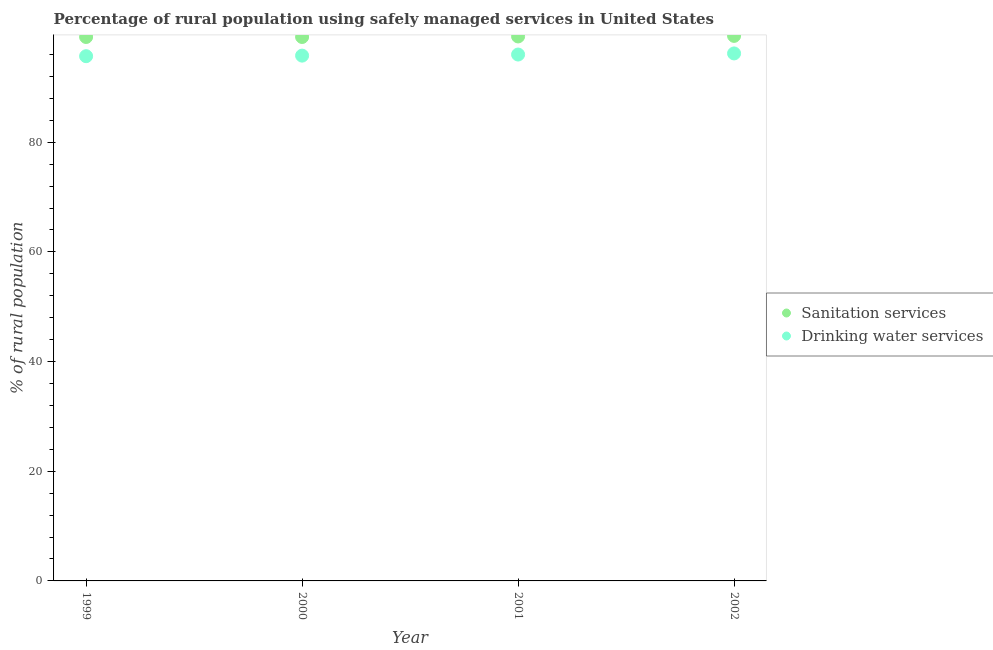
| Year | Sanitation services | Drinking water services |
 | --- | --- | --- |
 | 1999 | 99.2 | 95.7 |
 | 2000 | 99.2 | 95.8 |
 | 2001 | 99.3 | 96 |
 | 2002 | 99.4 | 96.2 |